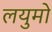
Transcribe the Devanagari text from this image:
लयुमो